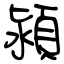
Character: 潁